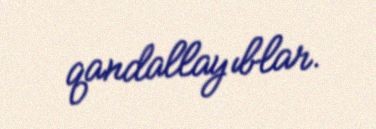
qandallayıblar.